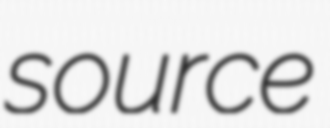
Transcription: source